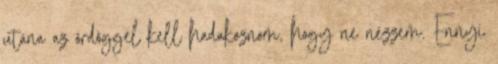
utána az ördöggel kell hadakoznom, hogy ne nézzem. Ennyi